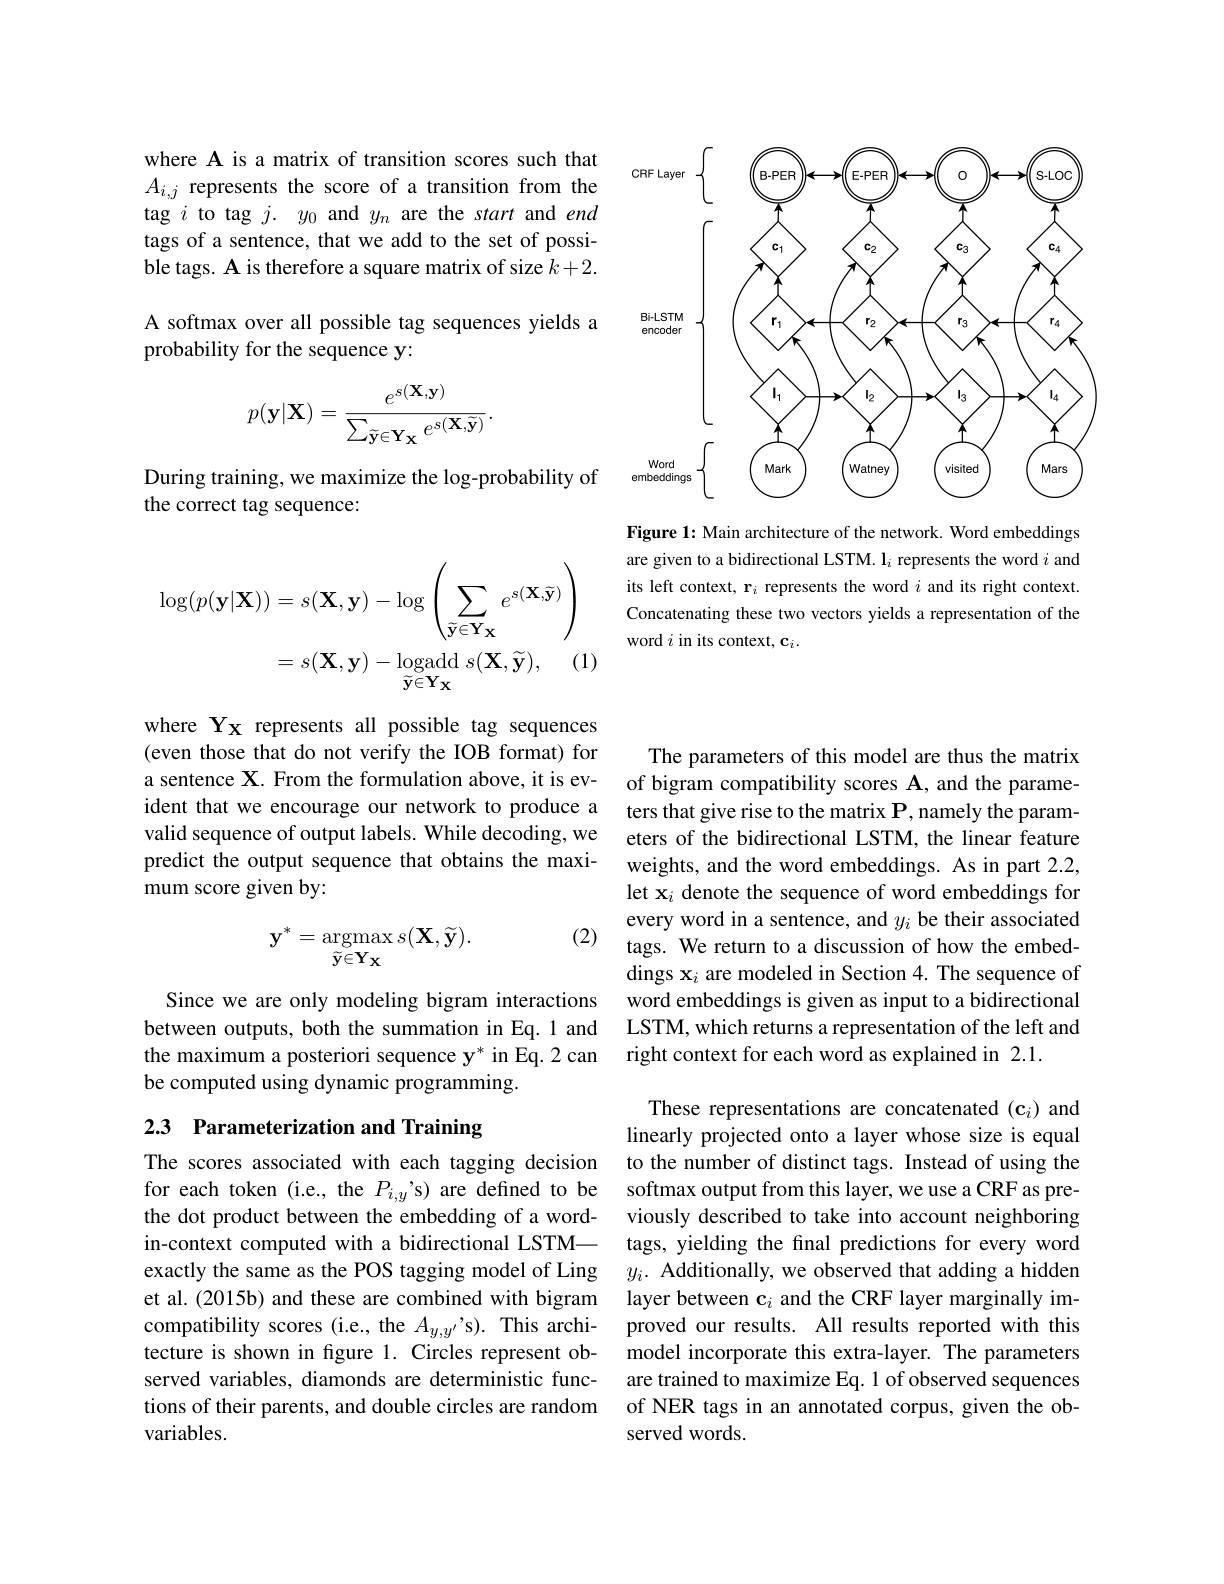
<FigureHere>

Figure 1: Main architecture of the network. Word embeddings are given to a bidirectional LSTM. $\mathbf{l}_i$ represents the word $i$ and its left context, r$_i$ represents the word $i$ and its right context. Concatenating these two vectors yields a representation of the word $i$ in its context, c$_i.$

where A is a matrix of transition scores such that $A_{i,j}$ represents the score of a transition from the tag $i$ to tag $j.$ $y_0$ and $y_n$ are the start and end tags of a sentence, that we add to the set of possible tags. A is therefore a square matrix of size $k+2.$ A softmax over all possible tag sequences yields a probability for the sequence y:
$$p(\mathbf{y}|\mathbf{X})=\frac{e^{s(\mathbf{X},\mathbf{y})}}{\sum_{\tilde{\mathbf{y}}\in\mathbf{Y}_{\mathbf{X}}}e^{s(\mathbf{X},\tilde{\mathbf{y}})}}.$$
During training, we maximize the log-probability of
the correct tag sequence:
$$\begin{aligned}\log(p(\mathbf{y}|\mathbf{X}))&=s(\mathbf{X},\mathbf{y})-\log\left(\sum_{\tilde{\mathbf{y}}\in\mathbf{Y}_{\mathbf{X}}}e^{s(\mathbf{X},\tilde{\mathbf{y}})}\right)\\&=s(\mathbf{X},\mathbf{y})-\mathrm{logadd}\:s(\mathbf{X},\widetilde{\mathbf{y}}),\quad(1\end{aligned}$$
where Yx represents all possible tag sequences (even those that do not verify the IOB format) for a sentence X. From the formulation above, it is evident that we encourage our network to produce a valid sequence of output labels. While decoding, we predict the output sequence that obtains the maximum score given by:

(2)
$$\mathbf{y}^{*}=\mathop{\mathrm{argmax}}_{{\tilde{\mathbf{y}}\in\mathbf{Y}_{\mathbf{X}}}}s(\mathbf{X},{\widetilde{\mathbf{y}}}).$$
Since we are only modeling bigram interactions between outputs, both the summation in Eq.1 and the maximum a posteriori sequence y* in Eq.2 can be computed using dynamic programming.

# 2.3 Parameterization and Training

The scores associated with each tagging decision for each token (i.e., the $P_i,y^{\prime}$s) are defined to be the dot product between the embedding of a wordin-context computed with a bidirectional LSTM— exactly the same as the POS tagging model of Ling et al. (2015b) and these are combined with bigram compatibility scores (i.e., the $A_{y,y^{\prime}}’$s). This architecture is shown in figure 1. Circles represent observed variables, diamonds are deterministic functions of their parents, and double circles are random variables.

The parameters of this model are thus the matrix of bigram compatibility scores $\mathbf{A}$, and the parameters that give rise to the matrix $\mathbf{P}$,namely the parameters of the bidirectional LSTM, the linear feature weights, and the word embeddings. As in part 2.2, let x$_i$ denote the sequence of word embeddings for every word in a sentence, and $y_i$ be their associated tags. We return to a discussion of how the embeddings $\mathbf{x}_i$ are modeled in Section 4. The sequence of word embeddings is given as input to a bidirectional LSTM, which returns a representation of the left and right context for each word as explained in 2.1.

These representations are concatenated (c$_i$) and linearly projected onto a layer whose size is equal to the number of distinct tags. Instead of using the softmax output from this layer, we use a CRF as previously described to take into account neighboring tags, yielding the final predictions for every word $y_i.$ Additionally, we observed that adding a hidden layer between $\mathbf{c}_i$ and the CRF layer marginally improved our results. All results reported with this model incorporate this extra-layer. The parameters are trained to maximize Eq. 1 of observed sequences of NER tags in an annotated corpus, given the observed words